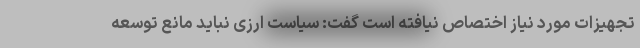
تجهیزات مورد نیاز اختصاص نیافته است گفت: سیاست ارزی نباید مانع توسعه